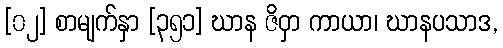
[၀၂] စာမျက်နှာ [၃၅၁] ဃာန ဇိဝှာ ကာယာ၊ ဃာနပသာဒ,